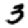
Digit: 3